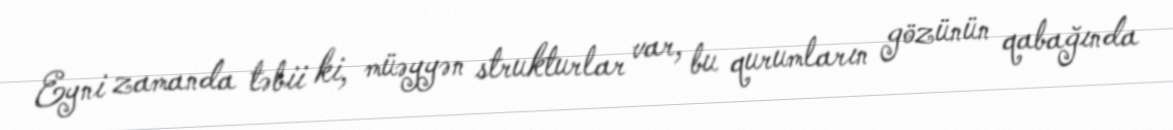
Eyni zamanda təbii ki, müəyyən strukturlar var, bu qurumların gözünün qabağında